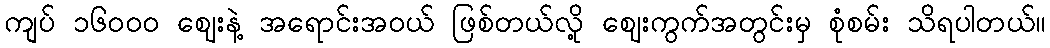
ကျပ် ၁၆၀ဝ၀ ဈေးနဲ့ အရောင်းအဝယ် ဖြစ်တယ်လို့ ဈေးကွက်အတွင်းမှ စုံစမ်း သိရပါတယ်။